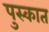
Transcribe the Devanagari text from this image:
पुस्कात